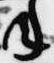
年